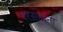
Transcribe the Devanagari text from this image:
बरसताना